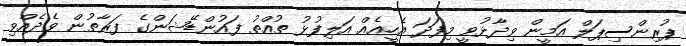
ޕުރިންސިޕަލް އަމީން ވިދާޅުވީ މިފަދަ އެހީއެއް އަލިފުޅު ތުއްތު ފައުންޑޭޝަންގެ ފަރާތުން ވެދެއްވި